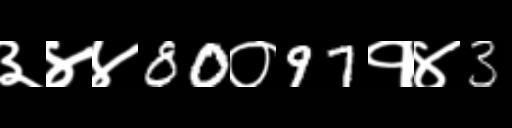
Text: ३४४80०97१४3